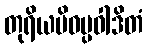
တုရိယမိဝပ္ပဝါဒိတံ